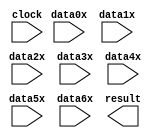
// megafunction wizard: %PARALLEL_ADD%VBB%
// GENERATION: STANDARD
// VERSION: WM1.0
// MODULE: parallel_add 

// ============================================================
// Megafunction Name(s):
// 			parallel_add
//
// Simulation Library Files(s):
// 			altera_mf
// ============================================================
// ************************************************************
// THIS IS A WIZARD-GENERATED FILE. DO NOT EDIT THIS FILE!
//
// 15.0.0 Build 145 04/22/2015 SJ Full Version
// ************************************************************

//Copyright (C) 1991-2015 Altera Corporation. All rights reserved.
//Your use of Altera Corporation's design tools, logic functions 
//and other software and tools, and its AMPP partner logic 
//functions, and any output files from any of the foregoing 
//(including device programming or simulation files), and any 
//associated documentation or information are expressly subject 
//to the terms and conditions of the Altera Program License 
//Subscription Agreement, the Altera Quartus II License Agreement,
//the Altera MegaCore Function License Agreement, or other 
//applicable license agreement, including, without limitation, 
//that your use is for the sole purpose of programming logic 
//devices manufactured by Altera and sold by Altera or its 
//authorized distributors.  Please refer to the applicable 
//agreement for further details.

module PA_7 (
	clock,
	data0x,
	data1x,
	data2x,
	data3x,
	data4x,
	data5x,
	data6x,
	result);

	input	  clock;
	input	[17:0]  data0x;
	input	[17:0]  data1x;
	input	[17:0]  data2x;
	input	[17:0]  data3x;
	input	[17:0]  data4x;
	input	[17:0]  data5x;
	input	[17:0]  data6x;
	output	[17:0]  result;
`ifndef ALTERA_RESERVED_QIS
// synopsys translate_off
`endif
	tri0	  clock;
`ifndef ALTERA_RESERVED_QIS
// synopsys translate_on
`endif

endmodule

// ============================================================
// CNX file retrieval info
// ============================================================
// Retrieval info: PRIVATE: INTENDED_DEVICE_FAMILY STRING "Cyclone IV E"
// Retrieval info: PRIVATE: SYNTH_WRAPPER_GEN_POSTFIX STRING "0"
// Retrieval info: LIBRARY: altera_mf altera_mf.altera_mf_components.all
// Retrieval info: CONSTANT: MSW_SUBTRACT STRING "NO"
// Retrieval info: CONSTANT: PIPELINE NUMERIC "1"
// Retrieval info: CONSTANT: REPRESENTATION STRING "UNSIGNED"
// Retrieval info: CONSTANT: RESULT_ALIGNMENT STRING "LSB"
// Retrieval info: CONSTANT: SHIFT NUMERIC "0"
// Retrieval info: CONSTANT: SIZE NUMERIC "7"
// Retrieval info: CONSTANT: WIDTH NUMERIC "18"
// Retrieval info: CONSTANT: WIDTHR NUMERIC "18"
// Retrieval info: USED_PORT: clock 0 0 0 0 INPUT GND "clock"
// Retrieval info: USED_PORT: data0x 0 0 18 0 INPUT NODEFVAL "data0x[17..0]"
// Retrieval info: USED_PORT: data1x 0 0 18 0 INPUT NODEFVAL "data1x[17..0]"
// Retrieval info: USED_PORT: data2x 0 0 18 0 INPUT NODEFVAL "data2x[17..0]"
// Retrieval info: USED_PORT: data3x 0 0 18 0 INPUT NODEFVAL "data3x[17..0]"
// Retrieval info: USED_PORT: data4x 0 0 18 0 INPUT NODEFVAL "data4x[17..0]"
// Retrieval info: USED_PORT: data5x 0 0 18 0 INPUT NODEFVAL "data5x[17..0]"
// Retrieval info: USED_PORT: data6x 0 0 18 0 INPUT NODEFVAL "data6x[17..0]"
// Retrieval info: USED_PORT: result 0 0 18 0 OUTPUT NODEFVAL "result[17..0]"
// Retrieval info: CONNECT: @clock 0 0 0 0 clock 0 0 0 0
// Retrieval info: CONNECT: @data 0 0 18 0 data0x 0 0 18 0
// Retrieval info: CONNECT: @data 0 0 18 18 data1x 0 0 18 0
// Retrieval info: CONNECT: @data 0 0 18 36 data2x 0 0 18 0
// Retrieval info: CONNECT: @data 0 0 18 54 data3x 0 0 18 0
// Retrieval info: CONNECT: @data 0 0 18 72 data4x 0 0 18 0
// Retrieval info: CONNECT: @data 0 0 18 90 data5x 0 0 18 0
// Retrieval info: CONNECT: @data 0 0 18 108 data6x 0 0 18 0
// Retrieval info: CONNECT: result 0 0 18 0 @result 0 0 18 0
// Retrieval info: GEN_FILE: TYPE_NORMAL PA_7.v TRUE
// Retrieval info: GEN_FILE: TYPE_NORMAL PA_7.inc FALSE
// Retrieval info: GEN_FILE: TYPE_NORMAL PA_7.cmp FALSE
// Retrieval info: GEN_FILE: TYPE_NORMAL PA_7.bsf FALSE
// Retrieval info: GEN_FILE: TYPE_NORMAL PA_7_inst.v FALSE
// Retrieval info: GEN_FILE: TYPE_NORMAL PA_7_bb.v TRUE
// Retrieval info: LIB_FILE: altera_mf